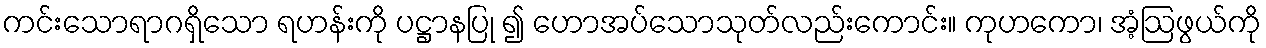
ကင်းသောရာဂရှိသော ရဟန်းကို ပဋ္ဌာနပြု ၍ ဟောအပ်သောသုတ်လည်းကောင်း။ ကုဟကော၊ အံ့ဩဖွယ်ကို